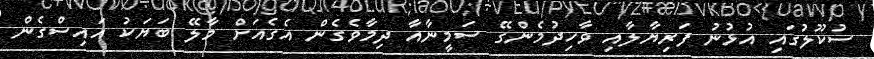
ސުކޫލުގައި އުޅުނު ފަރިޔާލާއި ވާހިދުމެންގޭ ސަމީނާއާ ދިމާވެގެން އެގެއަށް މާލޭ ބަޔަކު އައިސްގެން